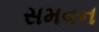
સમવન